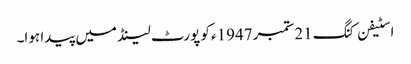
اسٹیفن کنگ 21ستمبر 1947ء کو پورٹ لینڈ میں پیدا ہوا۔